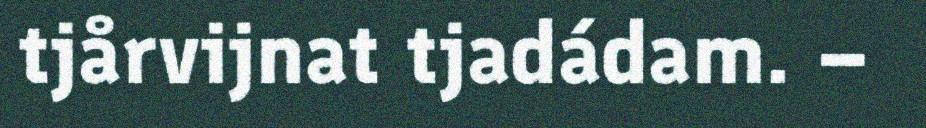
tjårvijnat tjadádam. –